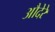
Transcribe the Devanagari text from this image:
औदेरे